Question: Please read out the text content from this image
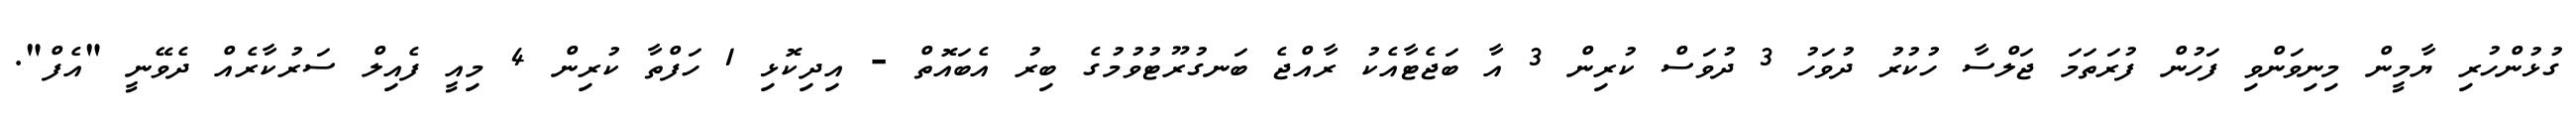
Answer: ގުޅުންހުރި ޔާމީން މިނިވަންވި ފަހުން ފުރަތަމަ ޖަލްސާ ހުކުރު ދުވަހު 3 ދުވަސް ކުރިން 3 އާ ބަޖެޓާއެކު ރާއްޖެ ބަނގުރޫޓުވުމުގެ ބިރު އެބައޮތް - އިދިކޮޅި 1 ހަފްތާ ކުރިން 4 މިއީ ފެއިލް ސަރުކާރެއް ދެވޭނީ "އެފް".